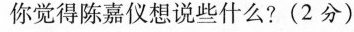
你觉得陈仪想说些什么?(2分)